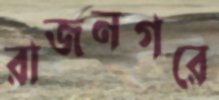
রাজনগরে